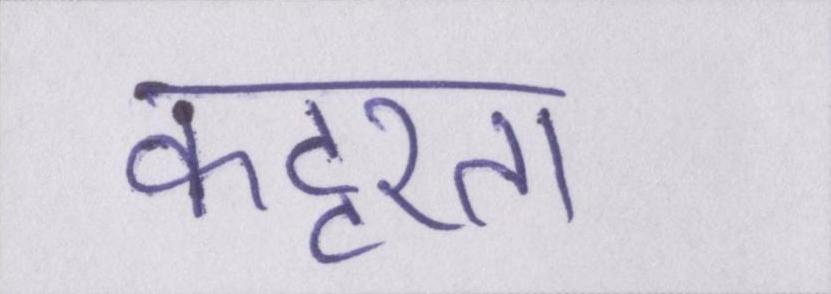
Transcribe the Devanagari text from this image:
कट्टरता